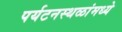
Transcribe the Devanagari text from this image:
पर्यटनस्थळांमध्ये